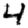
Digit: 4